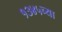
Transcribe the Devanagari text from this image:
१३४५च्या